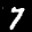
Label: 7